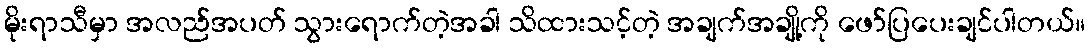
မိုးရာသီမှာ အလည်အပတ် သွားရောက်တဲ့အခါ သိထားသင့်တဲ့ အချက်အချို့ကို ဖော်ပြပေးချင်ပါတယ်။